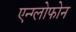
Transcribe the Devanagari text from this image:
एन्ग्लोफोन